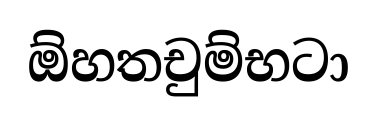
ඕහතචුම්භටා